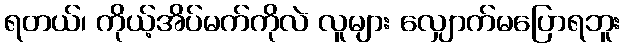
ရတယ်၊ ကိုယ့်အိပ်မက်ကိုလဲ လူများ လျှောက်မပြောရဘူး